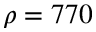
\rho = 7 7 0